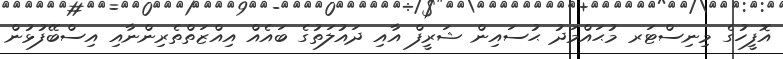
އޮފީހުގެ މިނިސްޓަރ މުޙައްމަދު ޙުސައިން ޝަރީފް އާއި ދައުލަތުގެ ބައެއް އިއްޒަތްތެރިންނާއި އިސްބޭފުޅުން